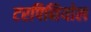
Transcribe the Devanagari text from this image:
टरपिनियोल